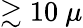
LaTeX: \gtrsim 10~\mu